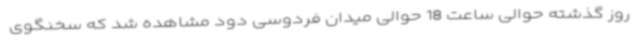
روز گذشته حوالی ساعت 18 حوالی میدان فردوسی دود مشاهده شد که سخنگوی